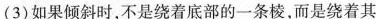
(3)如果倾斜时，不是绕着底部的一条棱，而是绕着其